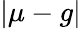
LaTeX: |\mu-g|